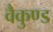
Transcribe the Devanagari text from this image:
वैकुण्ड